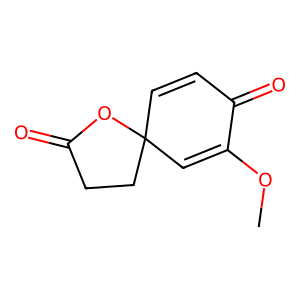
SMILES: COC1=CC2(C=CC1=O)CCC(=O)O2
Inhibits HIV replication: Yes